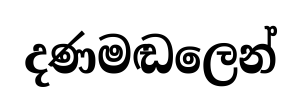
දණමඬලෙන්